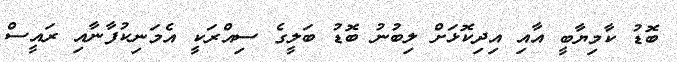
ބޮޑު ކާމިޔާބީ އާއި އިދިކޮޅަށް ލިބުނު ބޮޑު ބަލީގެ ސިއްރަކީ އެމަނިކުފާނާއި ރައީސް